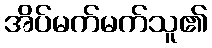
အိပ်မက်မက်သူ၏